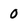
Character: 0